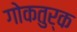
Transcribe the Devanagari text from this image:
गोकतुर्क